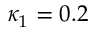
\kappa _ { 1 } = 0 . 2